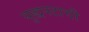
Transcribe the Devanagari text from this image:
युद्धपटाची